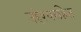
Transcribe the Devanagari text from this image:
उद्देश्यरहित